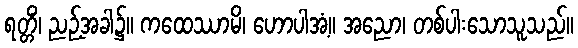
ရတ္တိံ၊ ညဉ့်အခါ၌။ ကထေဿာမိ၊ ဟောပါအံ့။ အညော၊ တစ်ပါးသောသူသည်။